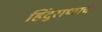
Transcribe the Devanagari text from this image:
हिंदुराष्ट्राचे